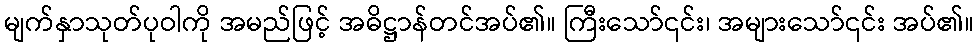
မျက်နှာသုတ်ပုဝါကို အမည်ဖြင့် အဓိဋ္ဌာန်တင်အပ်၏။ ကြီးသော်၎င်း၊ အများသော်၎င်း အပ်၏။